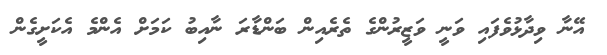
އޭނާ ވިދާޅުވެފައި ވަނީ ވަޒީރުންގެ ތެރެއިން ބަންޑާރަ ނާއިބު ކަމަށް އެންމެ އެކަށީގެން